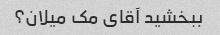
ببخشید آقای مک میلان؟